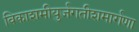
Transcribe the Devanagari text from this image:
विकाशमीयुर्जगतीशमार्गणा